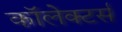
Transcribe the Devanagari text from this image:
कॉलेक्टर्स